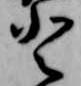
登